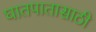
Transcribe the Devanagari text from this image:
घातपातासाठी